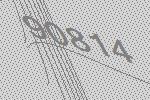
90814